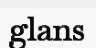
glans